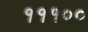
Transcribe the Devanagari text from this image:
१११००